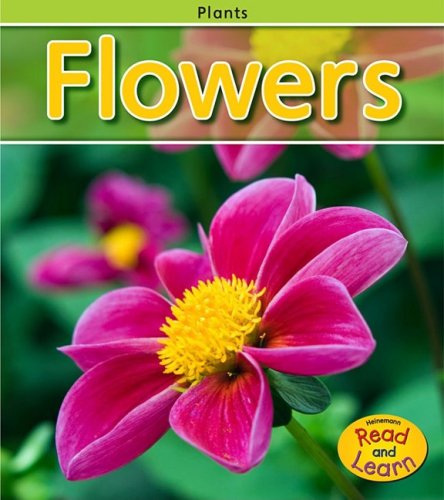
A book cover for Flowers (Plants); Patricia Whitehouse; Children's Books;